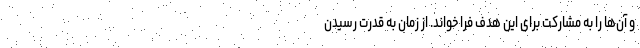
و آن‌ها را به مشارکت برای این هدف فرا خواند. از زمان به قدرت رسیدن